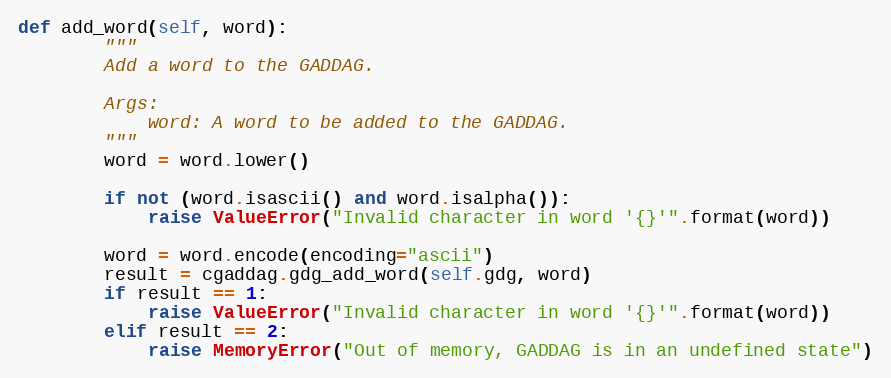
Language: Python
def add_word(self, word):
        """
        Add a word to the GADDAG.

        Args:
            word: A word to be added to the GADDAG.
        """
        word = word.lower()

        if not (word.isascii() and word.isalpha()):
            raise ValueError("Invalid character in word '{}'".format(word))

        word = word.encode(encoding="ascii")
        result = cgaddag.gdg_add_word(self.gdg, word)
        if result == 1:
            raise ValueError("Invalid character in word '{}'".format(word))
        elif result == 2:
            raise MemoryError("Out of memory, GADDAG is in an undefined state")